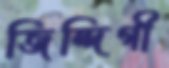
জিন্দিগী